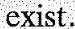
exist.